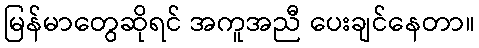
မြန်မာတွေဆိုရင် အကူအညီ ပေးချင်နေတာ။